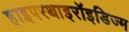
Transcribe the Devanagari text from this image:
हाइपरथाइरॉइडिज्म